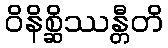
ဝိနိစ္ဆိဿန္တီတိ